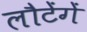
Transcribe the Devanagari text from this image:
लौटेंगें